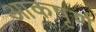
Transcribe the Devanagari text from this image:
आकषृर्ण